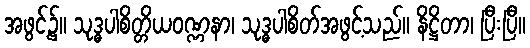
အဖွင့်၌။ သုဒ္ဓပါစိတ္တိယဝဏ္ဏနာ၊ သုဒ္ဓပါစိတ်အဖွင့်သည်။ နိဋ္ဌိတာ၊ ပြီးပြီ။